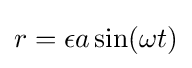
r=\epsilon a\sin(\omega t)